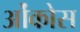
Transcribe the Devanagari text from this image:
ओंकोस